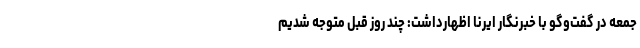
جمعه در گفت‌وگو با خبرنگار ایرنا اظهارداشت: چند روز قبل متوجه شدیم